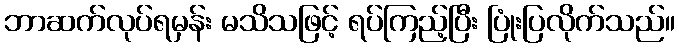
ဘာဆက်လုပ်ရမှန်း မသိသဖြင့် ရပ်ကြည့်ပြီး ပြုံးပြလိုက်သည်။